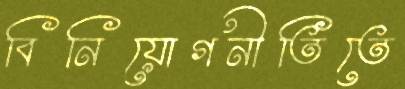
বিনিয়োগনীতিতে